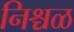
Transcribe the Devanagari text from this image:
निश्चळ